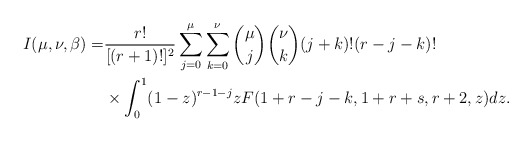
\begin{align*}I(\mu,\nu,\beta)=&\frac{r!}{[(r+1)!]^2}\sum^\mu_{j=0}\sum^\nu_{k=0}{\mu\choose j}{\nu\choose k} (j+k)!(r-j-k)!\\&\times\int^1_0 (1-z)^{r-1-j} z F(1+r-j-k, 1+r+s, r+2,z)dz.\end{align*}